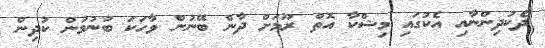
ދެކުދިންނާއި އެކުގައި މިޝްކާ އޮތް ރޫމަށް ދާން ބޭނުން ވާހަކަ ބުނުމުން ކުދިން